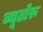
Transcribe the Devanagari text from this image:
व्यूढोरू